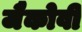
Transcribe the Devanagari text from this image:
जैकोवी